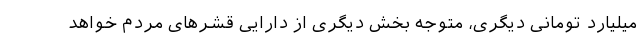
میلیارد تومانی دیگری، متوجه بخش دیگری از دارایی قشرهای مردم خواهد